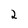
Character: 2